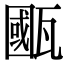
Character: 𤮋